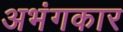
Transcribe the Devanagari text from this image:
अभंगकार